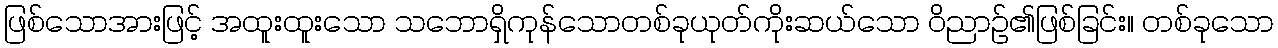
ဖြစ်သောအားဖြင့် အထူးထူးသော သဘောရှိကုန်သောတစ်ခုယုတ်ကိုးဆယ်သော ဝိညာဉ်၏ဖြစ်ခြင်း။ တစ်ခုသော